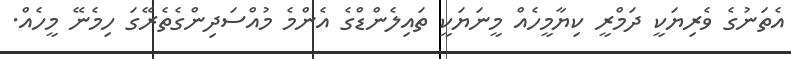
އެތަނުގެ ވެރިޔަކީ ދަމްރީ ކިޔާމީހެއް މީނަޔަކީ ތައިލެންޑްގެ އެންމެ މުއްސަދިންގެތެރޭގަ ހިމެނޭ މީހެއް.